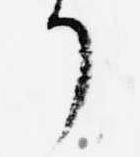
了